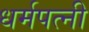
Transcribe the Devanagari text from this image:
धर्मपत्‍नी